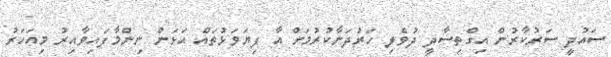
ސައުދީ ސަރުކާރުން އިގްތިސާދީ ދުވެލި ހަރުދަނާކުރުމަށް އާ ފިޔަވަޅުތައް އަޅަން ނިންމާފައިވާއިރު މިއަހަރު